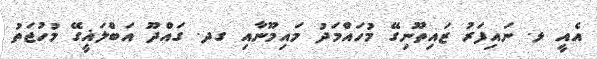
އެއީ ޅ. ނައިފަރު ޒައިތޫނިގޭ މުހައްމަދު މައިމޫނާއި ގދ. ގައްދޫ އަބްލަޣީގޭ މުހުޖަތު